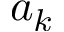
a _ { k }